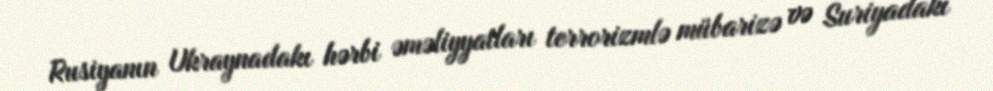
Rusiyanın Ukraynadakı hərbi əməliyyatları terrorizmlə mübarizə və Suriyadakı